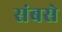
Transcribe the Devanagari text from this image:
संबसे